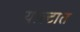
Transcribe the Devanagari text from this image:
याल्टात